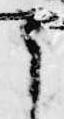
ま